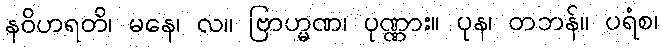
နဝိဟရတိ၊ မနေ၊ လ။ ဗြာဟ္မဏ၊ ပုဏ္ဏား။ ပုန၊ တဘန်။ ပရံစ၊